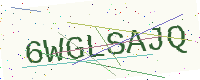
Text: 6WGLSAJQ